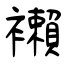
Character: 襰